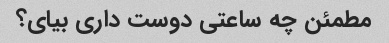
مطمئن چه ساعتی دوست داری بیای؟